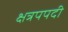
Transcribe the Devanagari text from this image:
क्षत्रपपदी